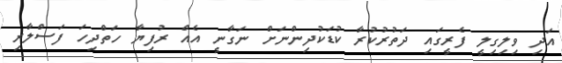
އަދި ވިލިގިލީ ފެރީގައި ދަތުރުކުރާ ކުޑަކުދިންނަށް ނަގާނީ އެއް ރުފިޔާ ހަތްދިހަ ފަސްލާރި